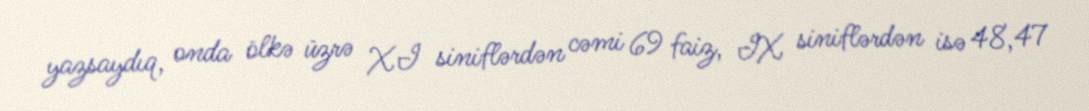
yazsaydıq, onda ölkə üzrə XI siniflərdən cəmi 69 faiz, IX siniflərdən isə 48,47